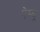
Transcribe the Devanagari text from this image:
पेम्बू